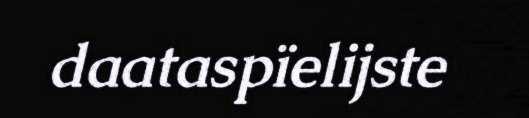
daataspïelijste